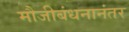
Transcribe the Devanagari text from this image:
मौजीबंधनानंतर